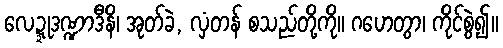
လေဍ္ဍုဒဏ္ဍာဒီနိ၊ အုတ်ခဲ, လှံတန် စသည်တို့ကို။ ဂဟေတွာ၊ ကိုင်စွဲ၍။